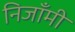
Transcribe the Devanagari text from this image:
निजाँमी